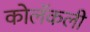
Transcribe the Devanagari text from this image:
कोलॅकली